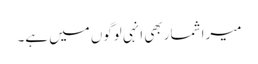
میرا شمار بھی انہی لوگوں میں ہے۔